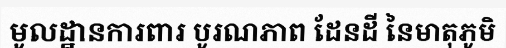
មូលដ្ឋានការពារ បូរណភាព ដែនដី នៃមាតុភូមិ